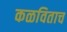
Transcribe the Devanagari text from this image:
कळविताच